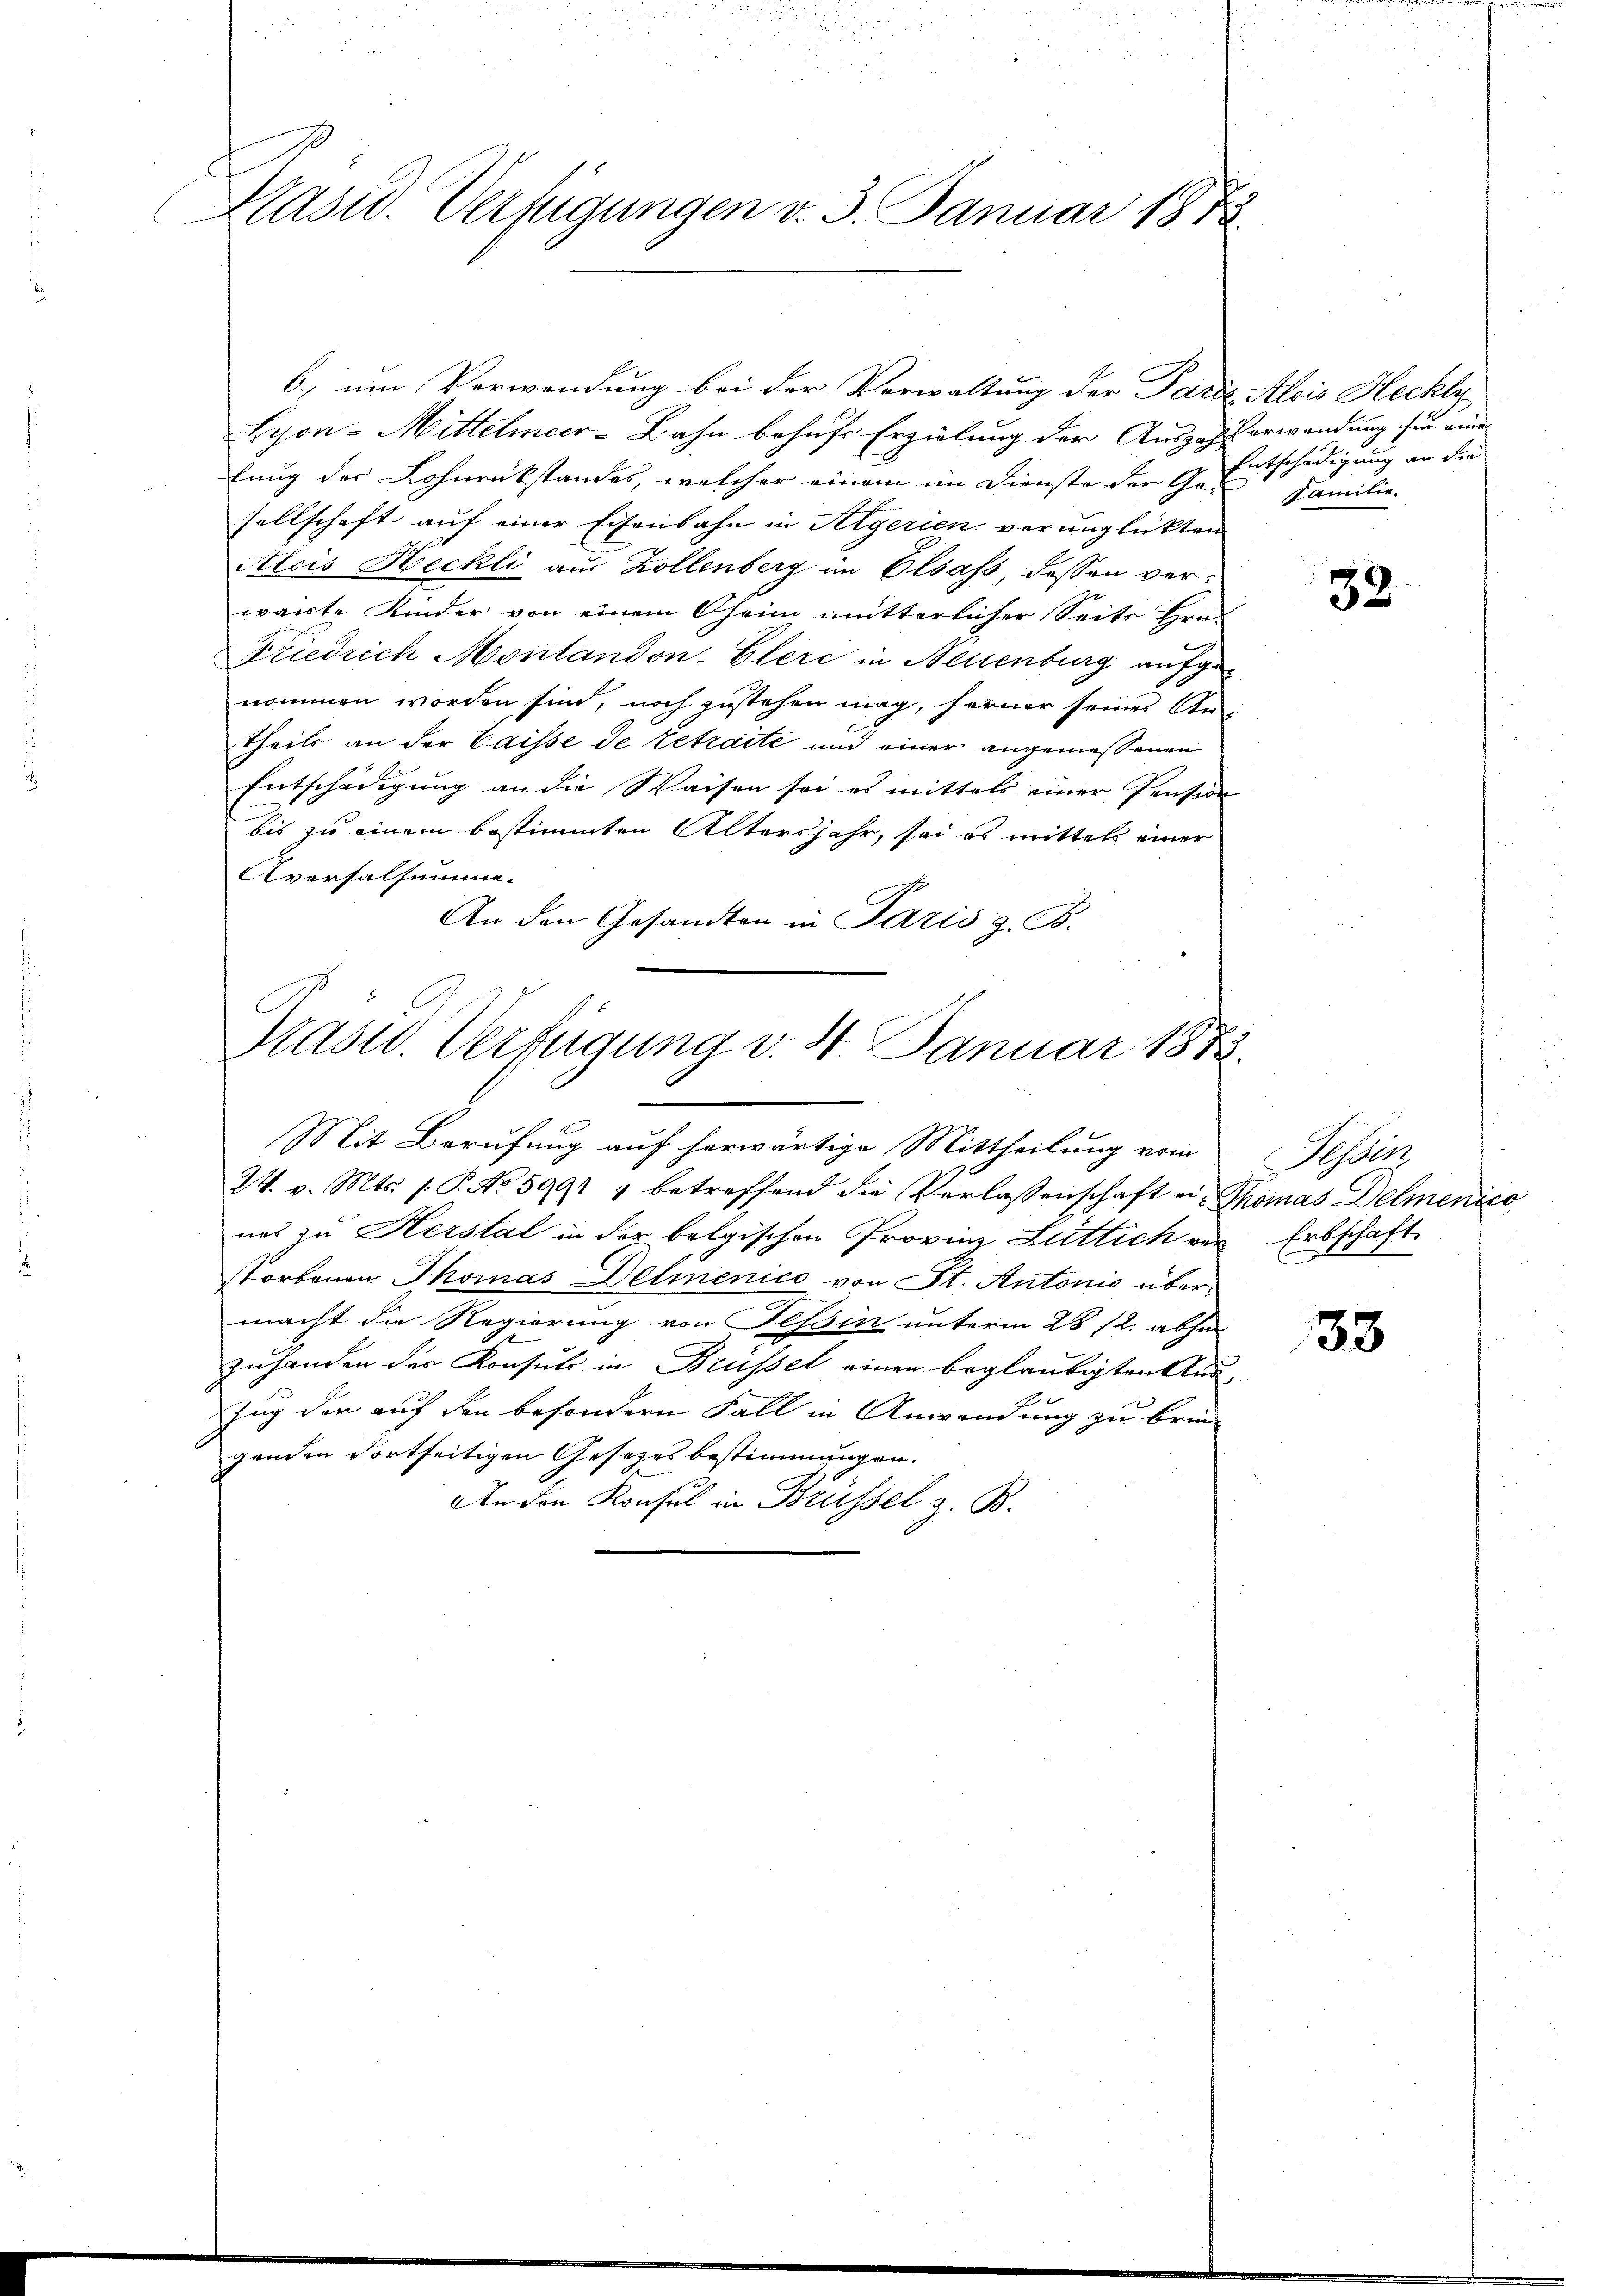
Kasw. Verfügungen v. 3. Januar 1873.

6.) ein Verwendung bei der Vorwaltung der Paris, Alois Hechly
Lyon-Mittelmeer-Bahn behufe Erzielung der Auszahlerwendung für eine
lung der Lohnrükstandes, welcher einem im Dienste der Ge- Familie
sellschaft auf einer Eisenbahn in Aegerien verunglickten
Alois Heckli aus Zollenberg im Elsass, dessen verwarte Kinder von einem Oheim mitterlicher Seits Hrn.
Friedrich Montandon. Cleri in Neuenburg aufge
nommen worden sind, noch zustehen mag, ferner seines An-
theils an der Caisse de retraite und einer angemessenen
Entschädigung an die Waisen sei es mittels einer Pension
bis zu einem bestimmten Altersjahr, sei es mittels einer
Aversalsumme.
An den Gesandten in Paris z. B.

Präsid. Verfügung v. 4. Januar 1873.
Mit Berufung auf herwärtige Mittheilung vom

24. v. Mts. s. P. No 5991 4 betreffend die Verlassenschaft ein Thomas Delmenice
nes zu Herstal in der belgischen Provinz Luttich vor Erbschaft
storbenen Thomas Delmenico von St. Antonio übermacht die Regierung von Tessin unterm 28 12. abhi
zuhanden der Konsuls in Brüssel einen beglaubigten Auszung der auf den besondern Fall in Anwendung zu brin-
genden dortseitigen Gesetzes bestimmungen.
An den Konsul in Brüssel z. B.

Entschädigung an die

32

Adli
E

33